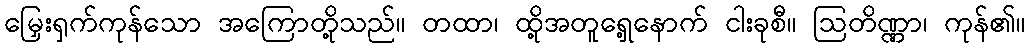
မြှေးရှက်ကုန်သော အကြောတို့သည်။ တထာ၊ ထို့အတူရှေ့နောက် ငါးခုစီ။ ဩတိဏ္ဏာ၊ ကုန်၏။